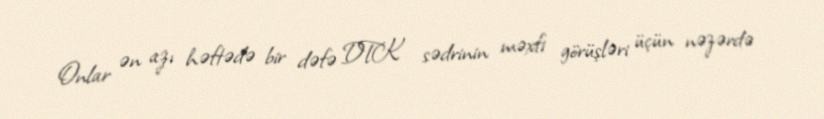
Onlar ən azı həftədə bir dəfə DTK sədrinin məxfi görüşləri üçün nəzərdə